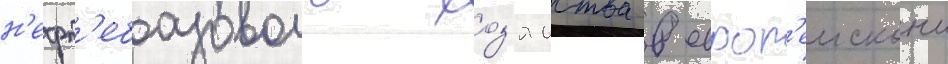
н'ефт'ебазового хоз'яиства в европ'еискои